Sanitation, dispensaries and jails vaccination Rajputana 1922-1927 - 1922-1927
Year: 1922
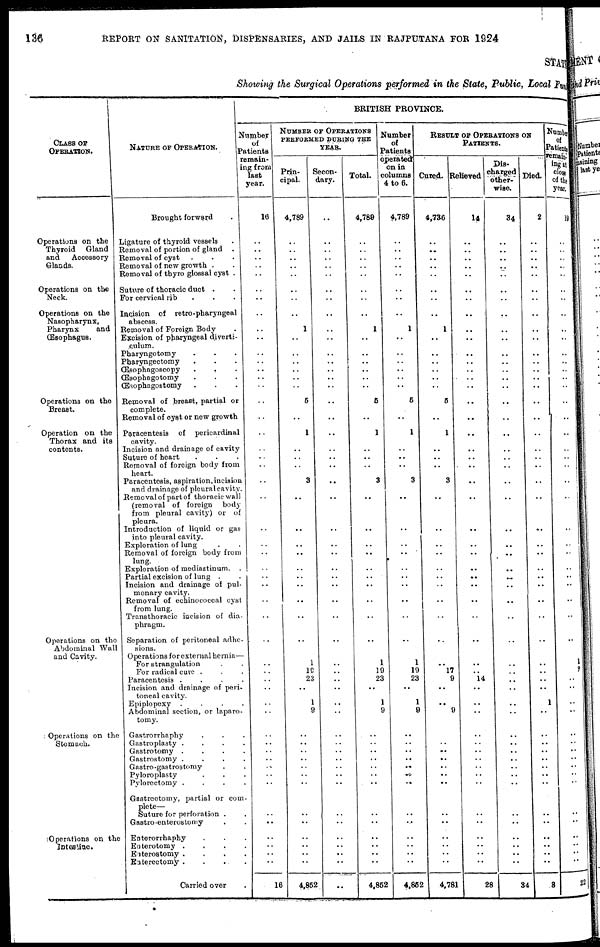
135
REPORT ON SANITATION, DISPENSARIES, AND JAILS IN RAJPUTANA FOR 1924
STAT
Showing the Surgical Operations performed in the State, Public, Local Fund
CLASS OF
OPERATION.
Operations on the
Thyroid Gland
and
Accessory
Glands.
Operations on the
Neck.
Operations on the
Nasopharynx,
Pharynx
and
Œsophagus.
Operations on the
Breast.
Operation on the
Thorax and its
contents.
Operations on the
Abdominal Wall
and Cavity.
Operations on the
Stomach.
Operations on the
Intestine.
NATURE OF OPERATION.
Brought forward
Ligature of thyroid vessels.
Removal of portion of gland .
Removal of cyst.
Removal of new growth ..
Removal of thyro glossal cyst .
Suture of thoracic duct . .
For cervical rib ...
Incision of retro-pharyngeal
abscess.
Removal of Foreign Body.
Excision of pharyngeal diverti-
culum.
Pharyngotomy...
Pharyngectomy...
Œsophagoscopy
...
Œsophagotomy...
Œsophagostomy...
Removal of breast, partial or
complete.
Removal of cyst or new growth
Paracentesis of pericardinal
cavity.
Incision and drainage of cavity
Suture of heart....
Removal of forcign body from
heart.
Paracentesis, aspiration, incision
and drainage of pleural cavity.
Removal of part of thoracic wall
(removal of foreign body
from pleural cavity) or of
pleura.
Introduction of liquid or gas
into pleural cavity.
Exploration of lung ..
Removal of foreign body from
lung.
Exploration of mediastinum. .
Partial excision of lung . .
Incision and drainage of pul-
monary cavity.
Removal of echinococcal cyst
from lung.
Transthoracic incision of dia-
phragm.
Separation of peritoneal adhe-
sions.
Operations for external hernia—
For strangulation
For radical cure ...
Paracentesis
.
.
.
.
Incision and drainage of peri-
toneal cavity.
Epiplopexy
.
.
.
.
Abdominal section, or laparo-
tomy.
Gastrorrhaphy...
Gastroplasty
.
.
.
.
Gastrotomy
.
.
.
.
Gastrostomy
.
.
.
.
Gastro-gastrostomy..
Pyloroplasty...
Pylorectomy....
Gastrcctomy,partial or com-
plete—
Suture for perforation ..
Gastro-enterostomy..
Enterorrhaphy...
Enterotomy ....
Enterostomy ....
Enterectomy ....
Carried over.
BRITISH PROVINCE.
Number
of
Patients
remain-
ing from
last
year.
16
..
..
..
..
..
..
..
..
..
..
..
..
..
..
..
..
..
..
..
..
..
..
..
..
..
..
..
..
..
..
..
..
..
..
..
..
..
..
..
..
..
..
..
..
..
..
..
..
..
..
..
..
16
NUMBER OF OPERATIONS
PERFORMED DURING THE
YEAR.
Prin-
cipal.
4,789
..
..
..
..
..
..
..
..
1
..
..
..
..
..
..
5
..
1
..
..
..
3
..
..
..
..
..
..
..
..
..
..
1
19
23
..
1
9
..
..
..
..
..
..
..
..
..
..
..
..
..
..
4,852
Secon-
dary.
..
..
..
..
..
..
..
..
..
..
..
..
..
..
..
..
..
..
..
..
..
..
..
..
..
..
..
..
..
..
..
..
..
..
..
..
..
..
..
..
..
..
..
..
..
..
..
..
..
..
..
..
..
..
Total.
4,788
..
..
..
..
..
..
..
..
1
..
..
..
..
..
..
5
..
1
..
..
..
3
..
..
..
..
..
..
..
..
..
..
1
19
23
..
1
9
..
..
..
..
..
..
..
..
..
..
..
.. ..
..
4,852
Number
of
Patients
operated
on in
columns
4 to 6.
4,789
..
..
..
..
..
..
..
..
1
..
..
..
..
..
..
5
..
1
..
..
..
3
..
..
..
..
..
..
..
..
..
..
1
19
23
..
1
9
..
..
..
..
..
..
..
..
..
..
..
.. ..
..
4,852
RESULT OF OPERATIONS OF
PATIENTS.
Cured.
4,736
..
..
..
..
..
..
..
..
1
..
..
..
..
..
..
5
..
1
..
..
..
3
..
..
..
..
..
..
..
..
..
..
..
l7
9
..
..
9
..
.. ..
..
.. . .
..
..
..
..
..
.. ..
..
4,781
Relieved
14
..
..
..
..
..
..
..
..
..
..
..
..
..
..
..
..
..
..
..
..
..
..
..
..
..
..
..
..
..
..
..
..
..
.. 14
..
..
..
..
..
..
..
..
..
..
..
..
..
..
..
..
..
28
Dis-
charged
other-
wise.
34
..
..
..
..
..
..
..
..
..
..
..
..
..
..
..
..
..
..
..
..
..
..
..
..
..
..
..
..
..
..
..
..
..
..
..
..
..
..
..
..
..
..
..
..
..
..
..
..
..
..
..
..
34
Died.
2
..
..
..
..
..
..
..
..
..
..
..
..
..
..
..
..
..
..
..
..
..
..
..
..
..
..
..
..
..
..
..
..
..
..
..
..
1
..
..
..
..
..
..
..
..
..
..
..
..
.. ..
..
3
Number
of
Patients
remain,
ing at
close
of the
year.
19
..
..
..
..
..
..
..
..
..
..
..
..
..
..
..
..
..
..
..
..
..
..
..
..
..
..
..
..
..
..
..
..
1
2
..
..
..
..
..
.. ..
..
..
..
..
..
..
..
..
..
..
..
22